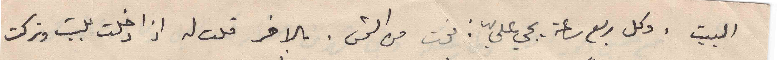
البيت . وكل ربع ساعة يجي عليّ: فوت من الشمس. بالاخر قلت له اذا دخلت للبيت وتركت